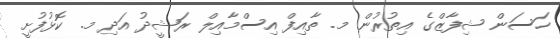
ހަސަން ޝިފާޒްގެ އިތުރުން މ. ތާއިފް އިސްމާއިލް ރަޝީދު އަދި މ. ކޮޅުފުށީ